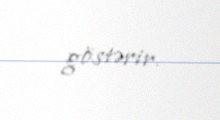
göstərir.